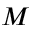
M